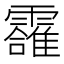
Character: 𲊌